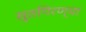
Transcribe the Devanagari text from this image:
सुतगिरण्या